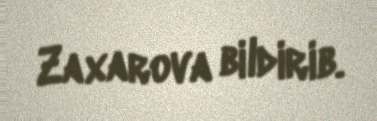
Zaxarova bildirib.